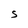
Character: S